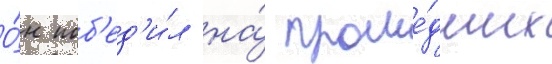
О́н поб'ед'и́л на́ проше́дших